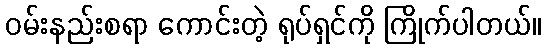
ဝမ်းနည်းစရာ ကောင်းတဲ့ ရုပ်ရှင်ကို ကြိုက်ပါတယ်။